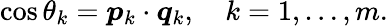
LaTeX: \cos\theta_{k}=\boldsymbol{p}_{k}\cdot\boldsymbol{q}_{k},\quad k=1,\dots,m.